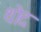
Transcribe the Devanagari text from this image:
थोद